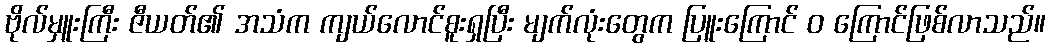
ဗိုလ်မှူးကြီး ဇီယတ်၏ အသံက ကျယ်လောင်စူးရှပြီး မျက်လုံးတွေက ပြူးကြောင် ဝ ကြောင်ဖြစ်လာသည်။